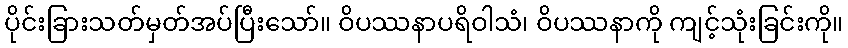
ပိုင်းခြားသတ်မှတ်အပ်ပြီးသော်။ ဝိပဿနာပရိဝါသံ၊ ဝိပဿနာကို ကျင့်သုံးခြင်းကို။